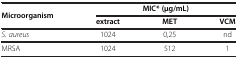
<table><thead><tr><td rowspan="2"><b>Microorganism</b></td><td colspan="3"><b>MIC* (μg/mL)</b></td></tr><tr><td><b>extract</b></td><td><b>MET</b></td><td><b>VCM</b></td></tr></thead><tbody><tr><td><i>S</i>. <i>aureus</i></td><td>1024</td><td>0,25</td><td>nd</td></tr><tr><td>MRSA</td><td>1024</td><td>512</td><td>1</td></tr></tbody></table>